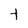
Character: t